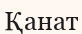
Қанат